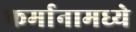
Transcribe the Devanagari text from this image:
फर्मानामध्ये